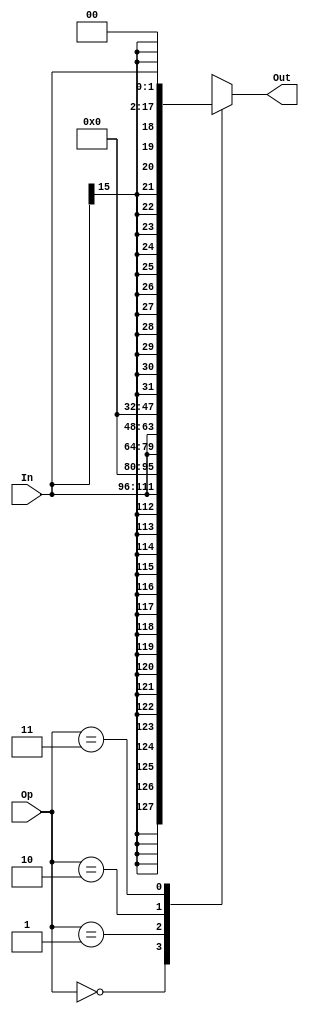
`timescale 1ns / 1ps
//////////////////////////////////////////////////////////////////////////////////
// Company: 
// Engineer: 
// 
// Design Name: 
// Module Name:    Ext 
// Project Name: 
// Target Devices: 
// Tool versions: 
// Description: 
//
// Dependencies: 
//
// Revision: 
// Revision 0.01 - File Created
// Additional Comments: 
//
//////////////////////////////////////////////////////////////////////////////////
module ext(
    input [15:0] In,
    output reg [31:0] Out,
    input [1:0] Op
    );

always @(*)
case (Op)
	2'b00: begin
		Out = {{16{In[15]}}, In};
	end
	2'b01: begin
		Out = {{16{1'b0}}, In};
	end
	2'b10: begin
		Out = {In, {16{1'b0}}};
	end
	2'b11: begin
		Out = {{16{In[15]}}, In} << 2;
	end
	default: Out = 32'b0;
endcase

endmodule